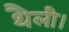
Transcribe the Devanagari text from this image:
थैली।